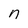
Character: n